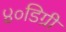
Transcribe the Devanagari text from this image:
४०डिग्री